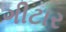
ગીટાર